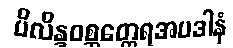
ပိလိန္ဒဝစ္ဆတ္ထေရအပဒါနံ